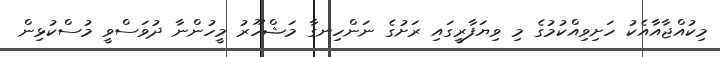
މިކުއްޖާއާއެކު ހަށިވިއްކުމުގެ މި ވިޔަފާރީގައި ރަށުގެ ނަންހިނގާ މަޝްހޫރު މީހުންނާ ދުވަސްވީ މުސްކުޅިން